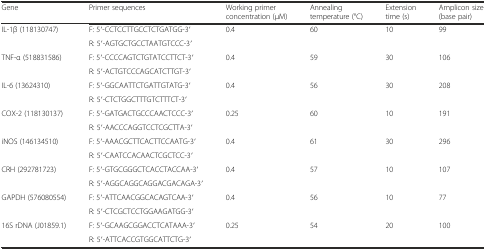
| Gene | Primer sequences | Working primer concentration (μM) | Annealing temperature (°C) | Extension time (s) | Amplicon size (base pair) |
 | --- | --- | --- | --- | --- | --- |
 | <ROWSPAN=2> IL-1β (118130747) | F: 5′-CCTCCTTGCCTCTGATGG-3′ | <ROWSPAN=2> 0.4 | <ROWSPAN=2> 60 | <ROWSPAN=2> 10 | <ROWSPAN=2> 99 |
 | R: 5′-AGTGCTGCCTAATGTCCC-3′ |
 | <ROWSPAN=2> TNF-α (518831586) | F: 5′-CCCCAGTCTGTATCCTTCT-3′ | <ROWSPAN=2> 0.4 | <ROWSPAN=2> 59 | <ROWSPAN=2> 30 | <ROWSPAN=2> 106 |
 | R: 5′-ACTGTCCCAGCATCTTGT-3′ |
 | <ROWSPAN=2> IL-6 (13624310) | F: 5′-GGCAATTCTGATTGTATG-3′ | <ROWSPAN=2> 0.4 | <ROWSPAN=2> 56 | <ROWSPAN=2> 30 | <ROWSPAN=2> 208 |
 | R: 5′-CTCTGGCTTTGTCTTTCT-3′ |
 | <ROWSPAN=2> COX-2 (118130137) | F: 5′-GATGACTGCCCAACTCCC-3′ | <ROWSPAN=2> 0.25 | <ROWSPAN=2> 60 | <ROWSPAN=2> 10 | <ROWSPAN=2> 191 |
 | R: 5′-AACCCAGGTCCTCGCTTA-3′ |
 | <ROWSPAN=2> iNOS (146134510) | F: 5′-AAACGCTTCACTTCCAATG-3′ | <ROWSPAN=2> 0.4 | <ROWSPAN=2> 61 | <ROWSPAN=2> 30 | <ROWSPAN=2> 296 |
 | R: 5′-CAATCCACAACTCGCTCC-3′ |
 | <ROWSPAN=2> CRH (292781723) | F: 5′-GTGCGGGCTCACCTACCAA-3′ | <ROWSPAN=2> 0.4 | <ROWSPAN=2> 57 | <ROWSPAN=2> 10 | <ROWSPAN=2> 107 |
 | R: 5′-AGGCAGGCAGGACGACAGA-3′ |
 | <ROWSPAN=2> GAPDH (576080554) | F: 5′-ATTCAACGGCACAGTCAA-3′ | <ROWSPAN=2> 0.4 | <ROWSPAN=2> 56 | <ROWSPAN=2> 10 | <ROWSPAN=2> 77 |
 | R: 5′-CTCGCTCCTGGAAGATGG-3′ |
 | <ROWSPAN=2> 16S rDNA (J01859.1) | F: 5′-GCAAGCGGACCTCATAAA-3′ | <ROWSPAN=2> 0.25 | <ROWSPAN=2> 54 | <ROWSPAN=2> 20 | <ROWSPAN=2> 100 |
 | R: 5′-ATTCACCGTGGCATTCTG-3′ |